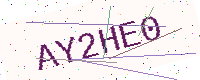
Text: AY2HE0